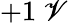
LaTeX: +1\ \mathscr{V}